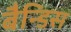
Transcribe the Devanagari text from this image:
बैन्डिस